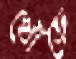
খোঁড়ে